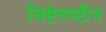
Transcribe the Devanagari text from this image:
लिष्टेनस्टीन